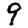
Digit: 9